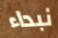
نبداء